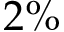
2 \%